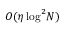
{ \cal O } ( \eta \log ^ { 2 } \! N )